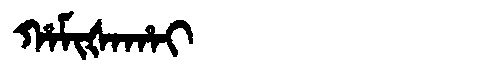
Manchu: ᡥᠠᠮᡳᡧᠠᡥᠠᡳ
Romanization: HAMIŠAHAI